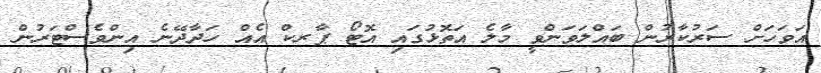
އަވަހަށް ސަރުކާރުން ބައްލަވަންވީ މާލެ އަތޮޅުގައި އޮޓޯ ޕާރކް އެއް ހަދާދޭނެ އިންވެސްޓަރުން